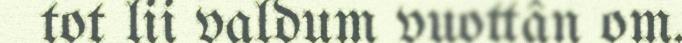
tot lii valdum vuottân om.